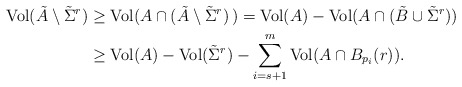
\begin{align*} {\rm Vol}(\tilde A\setminus {\tilde \Sigma}^{r}) & \geq{\rm Vol}(A \cap (\tilde A\setminus {\tilde\Sigma}^{r})\,) = {\rm Vol}(A) - {\rm Vol}(A\cap (\tilde B \cup {\tilde \Sigma}^{r})) \\& \geq {\rm Vol}(A) - {\rm Vol}({\tilde \Sigma}^{r}) - \sum_{i=s+1}^m {\rm Vol}(A\cap B_{p_i}(r)). \\\end{align*}